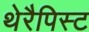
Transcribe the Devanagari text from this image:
थेरैपिस्ट